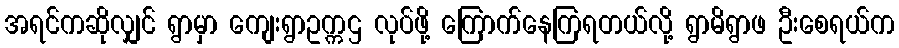
အရင်ကဆိုလျှင် ရွာမှာ ကျေးရွာဥက္ကဌ လုပ်ဖို့ ကြောက်နေကြရတယ်လို့ ရွာမိရွာဖ ဦးစေရယ်က